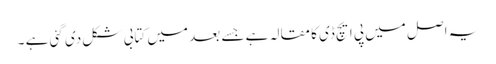
یہ اصل میں پی ایچ ڈی کا مقالہ ہے جسے بعد میں کتابی شکل دی گئی ہے ۔